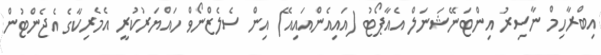
އިބްރާހިމް ނާސިރު އިންޓަނޭޝަނަލް އެއާޕޯޓު (އައިއެންއައިއޭ) އިން ސެލެޒްނޯވް ހައްޔަރުކުރީ އެމެރިކާގެ އެޖެންޓުން